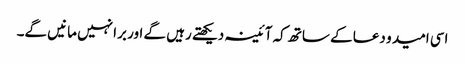
اسی امید و دعا کے ساتھ کہ آئینہ دیکھتے رہیں گے اور برا نہیں مانیں گے۔